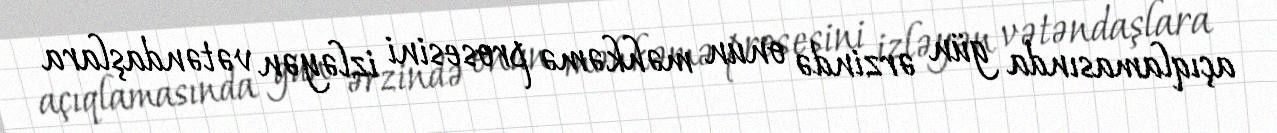
açıqlamasında gün ərzində onun məhkəmə prosesini izləyən vətəndaşlara